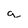
Character: g